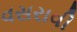
વસરાવી